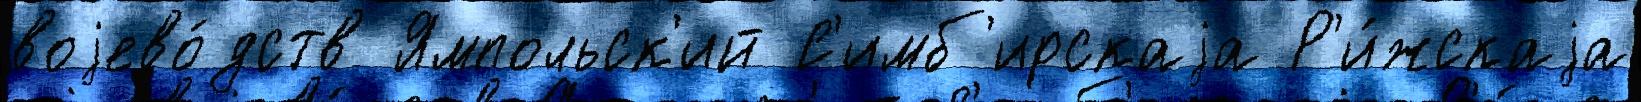
воjево́дств Ямпольск'ий С'имб'ирскаjа Р'и́жскаjа